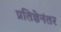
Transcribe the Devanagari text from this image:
प्रतिज्ञेनंतर